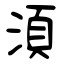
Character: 湏